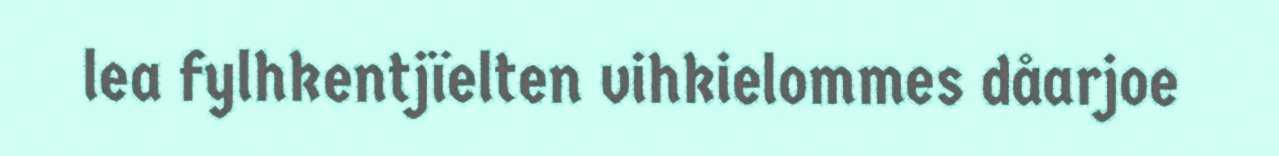
lea fylhkentjïelten vihkielommes dåarjoe